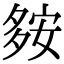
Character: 𡖨